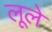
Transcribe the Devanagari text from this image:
लूले